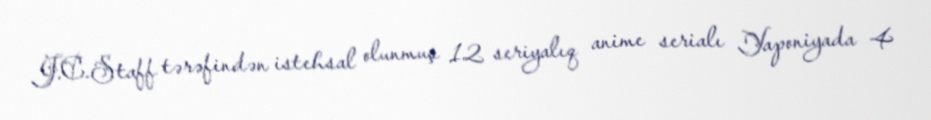
J.C.Staff tərəfindən istehsal olunmuş 12 seriyalıq anime serialı Yaponiyada 4